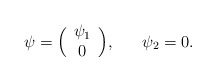
\begin{align*}\psi = \Bigl{(}\begin{array}{cc}{\psi}_{1} \cr 0 \end{array} \Bigr{)} ,~~~~~{\psi}_{2} = 0.\end{align*}